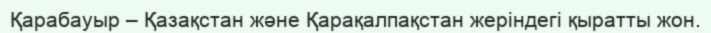
Қарабауыр – Қазақстан және Қарақалпақстан жеріндегі қыратты жон.